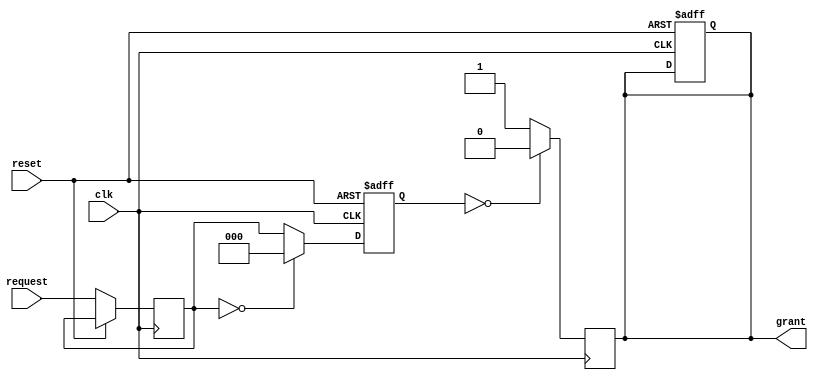
module Serial_arbiter (
    input wire clk,
    input wire reset,
    input wire [2:0] request,
    output reg grant
);

reg [2:0] priority;
reg [2:0] request_reg;

always @ (posedge clk or posedge reset) begin
    if (reset) begin
        priority <= 3'b000;
        grant <= 1'b0;
    end else begin
        request_reg <= request;
        if (request_reg == 3'b000) begin
            priority <= 3'b000;
        end else begin
            priority <= request_reg;
        end
    end
end

always @ (posedge clk) begin
    if (priority == 3'b000) begin
        grant <= 1'b0;
    end else begin
        grant <= 1'b1;
    end
end

endmodule